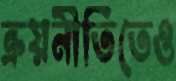
ক্রয়নীতিতেও